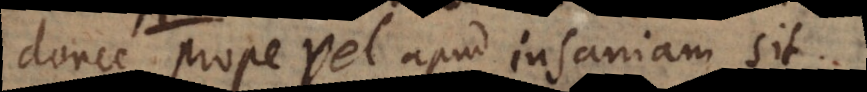
donec prope vel apud insaniam sit.